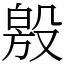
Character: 𣪧